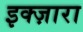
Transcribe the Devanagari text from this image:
इक्ज़ारा